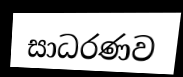
සාධරණව